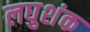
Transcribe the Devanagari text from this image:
लघुशंक